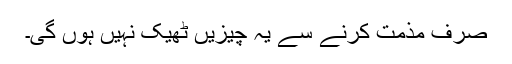
صرف مذمت کرنے سے یہ چیزیں ٹھیک نہیں ہوں گی۔